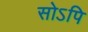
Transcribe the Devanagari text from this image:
सोऽपि